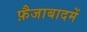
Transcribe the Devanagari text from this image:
फ़ैजाबादमें